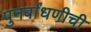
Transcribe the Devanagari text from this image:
पुनर्बांधणीची